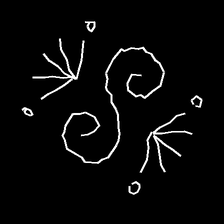
Glyph: aeroform